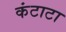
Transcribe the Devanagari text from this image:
कंटाटा